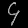
Digit: ၄